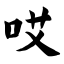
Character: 哎